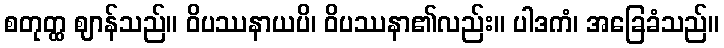
စတုတ္ထ ဈာန်သည်။ ဝိပဿနာယပိ၊ ဝိပဿနာ၏လည်း။ ပါဒကံ၊ အခြေခံသည်။